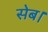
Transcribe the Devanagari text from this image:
सेब।